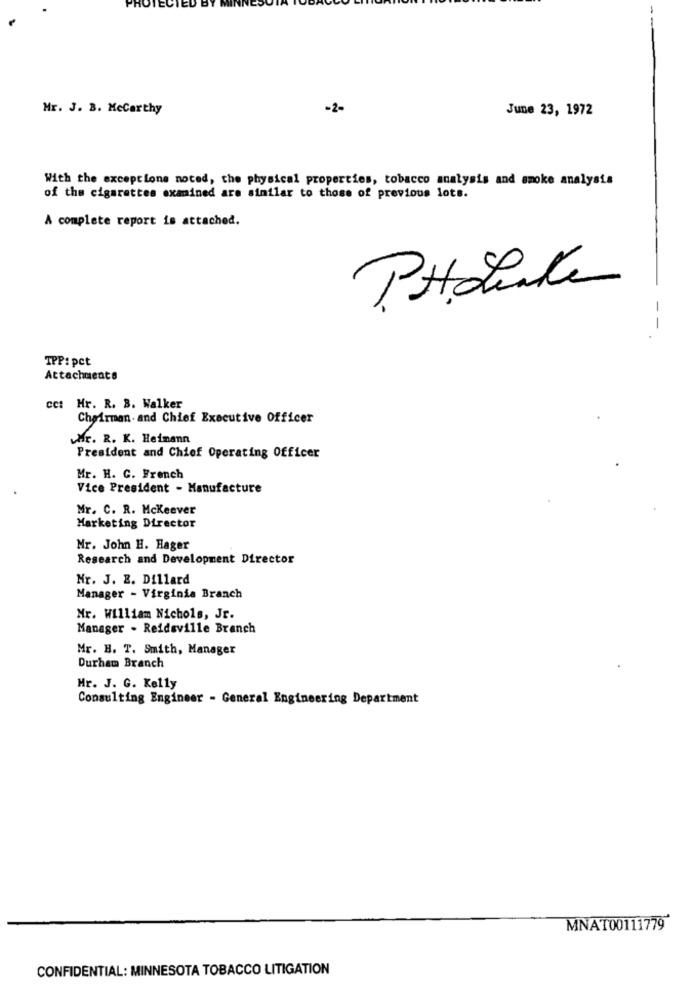
Mr. J. B. MeCarthy
-2-
June 23, 1972
With the exceptione noted, the physical properties, tobacco analysis and smoke analysis
of the cigarettes examined are similar to those of previous lots.
A complete report is attached.
PHLinke
--
TPP: pct
Attachments
cct Hr. R. B. Walker
Chairman. and Chief Executive Officer
Mr. R. K. Heimann
President and Chief Operating Officer
Mr. H. C. French
Vice President - Manufacture
Mr. C. R. Mckeever
Marketing Director
Mr. John H. Hager
Research and Development Director
Nr. J. E. Dillard
Manager - Virginia Branch
Mr. William Nichols, Jr.
Manager . Reidsville Branch
Mr. B. T. Smith, Manager
Durham Branch
Mr. J. G. Kelly
Consulting Engineer - General Engineering Department
MNAT00111779
CONFIDENTIAL: MINNESOTA TOBACCO LITIGATION